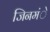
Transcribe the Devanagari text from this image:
जिनमंे